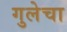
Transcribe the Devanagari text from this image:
गुलेचा